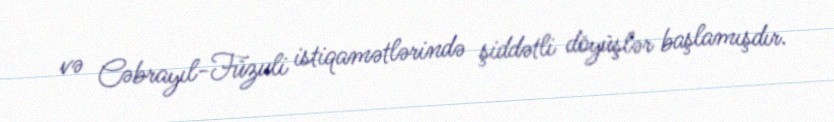
və Cəbrayıl-Füzuli istiqamətlərində şiddətli döyüşlər başlamışdır.